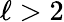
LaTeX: \ell>2